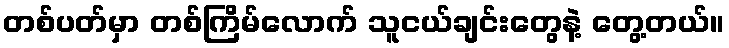
တစ်ပတ်မှာ တစ်ကြိမ်လောက် သူငယ်ချင်းတွေနဲ့ တွေ့တယ်။